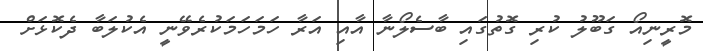
މޮރީނިއޯ ގަބޫލު ކުރި ގޮތުގައި ބާސެލޯނާ އާއި އަރާ ހަމަހަމަކުރެވޭނީ އެކުލަބާ ދެކޮޅަށް